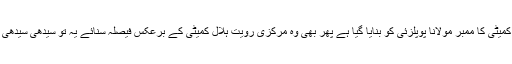
مرکزی رویت ہلال کمیٹی کا ممبر مولانا پوپلزئی کو بنایا گیا ہے پھر بھی وہ مرکزی رویت ہلال کمیٹی کے برعکس فیصلہ سنائے یہ تو سیدھی سیدھی ضد بازی لگتی ہے۔